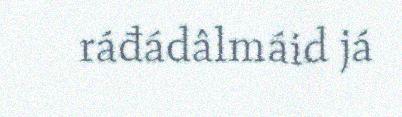
ráđádâlmáid já